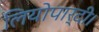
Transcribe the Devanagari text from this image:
लियोपार्दी।